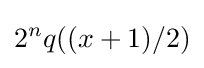
2^{n}q((x+1)/2)